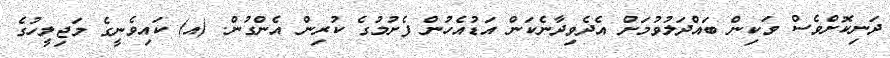
ދަނިކޮށްވެސް ވަކިން ބައްދަލުވުމަށް އެދެވިދާނެކަން އަޑުއެހުން ފެށުމުގެ ކުރިން އެންގުން. (އ)	ކައިވެނީގެ މަޖިލީހުގެ